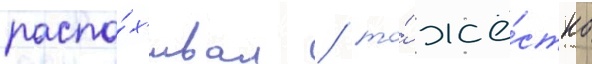
распа́х'ивал / то́ жё́стко